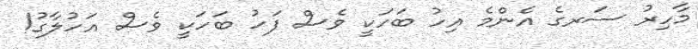
މާހިރު ސަރގެ އެންމެ އިހު ބަހަކީ ވެސް ފަހު ބަހަކީ ވެސް އަހުލާގު!